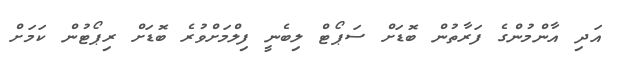
އަދި އާންމުންގެ ފަރާތުން ބޮޑަށް ސަޕޯޓް ލިބެނީ ފިލްމަށްވުރެ ބޮޑަށް ރިޕޯޓުން ކަމަށް